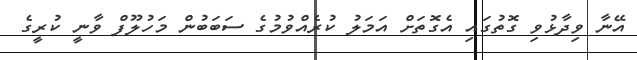
އޭނާ ވިދާޅުވި ގޮތުގައި އެގޮތަށް އަމަލު ކުރެއްވުމުގެ ސަބަބުން މަހުލޫފް ވާނީ ކުރީގެ